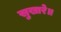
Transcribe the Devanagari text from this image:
सुखारे॥